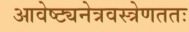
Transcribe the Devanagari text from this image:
आवेष्ट्यनेत्रवस्त्रेणततः